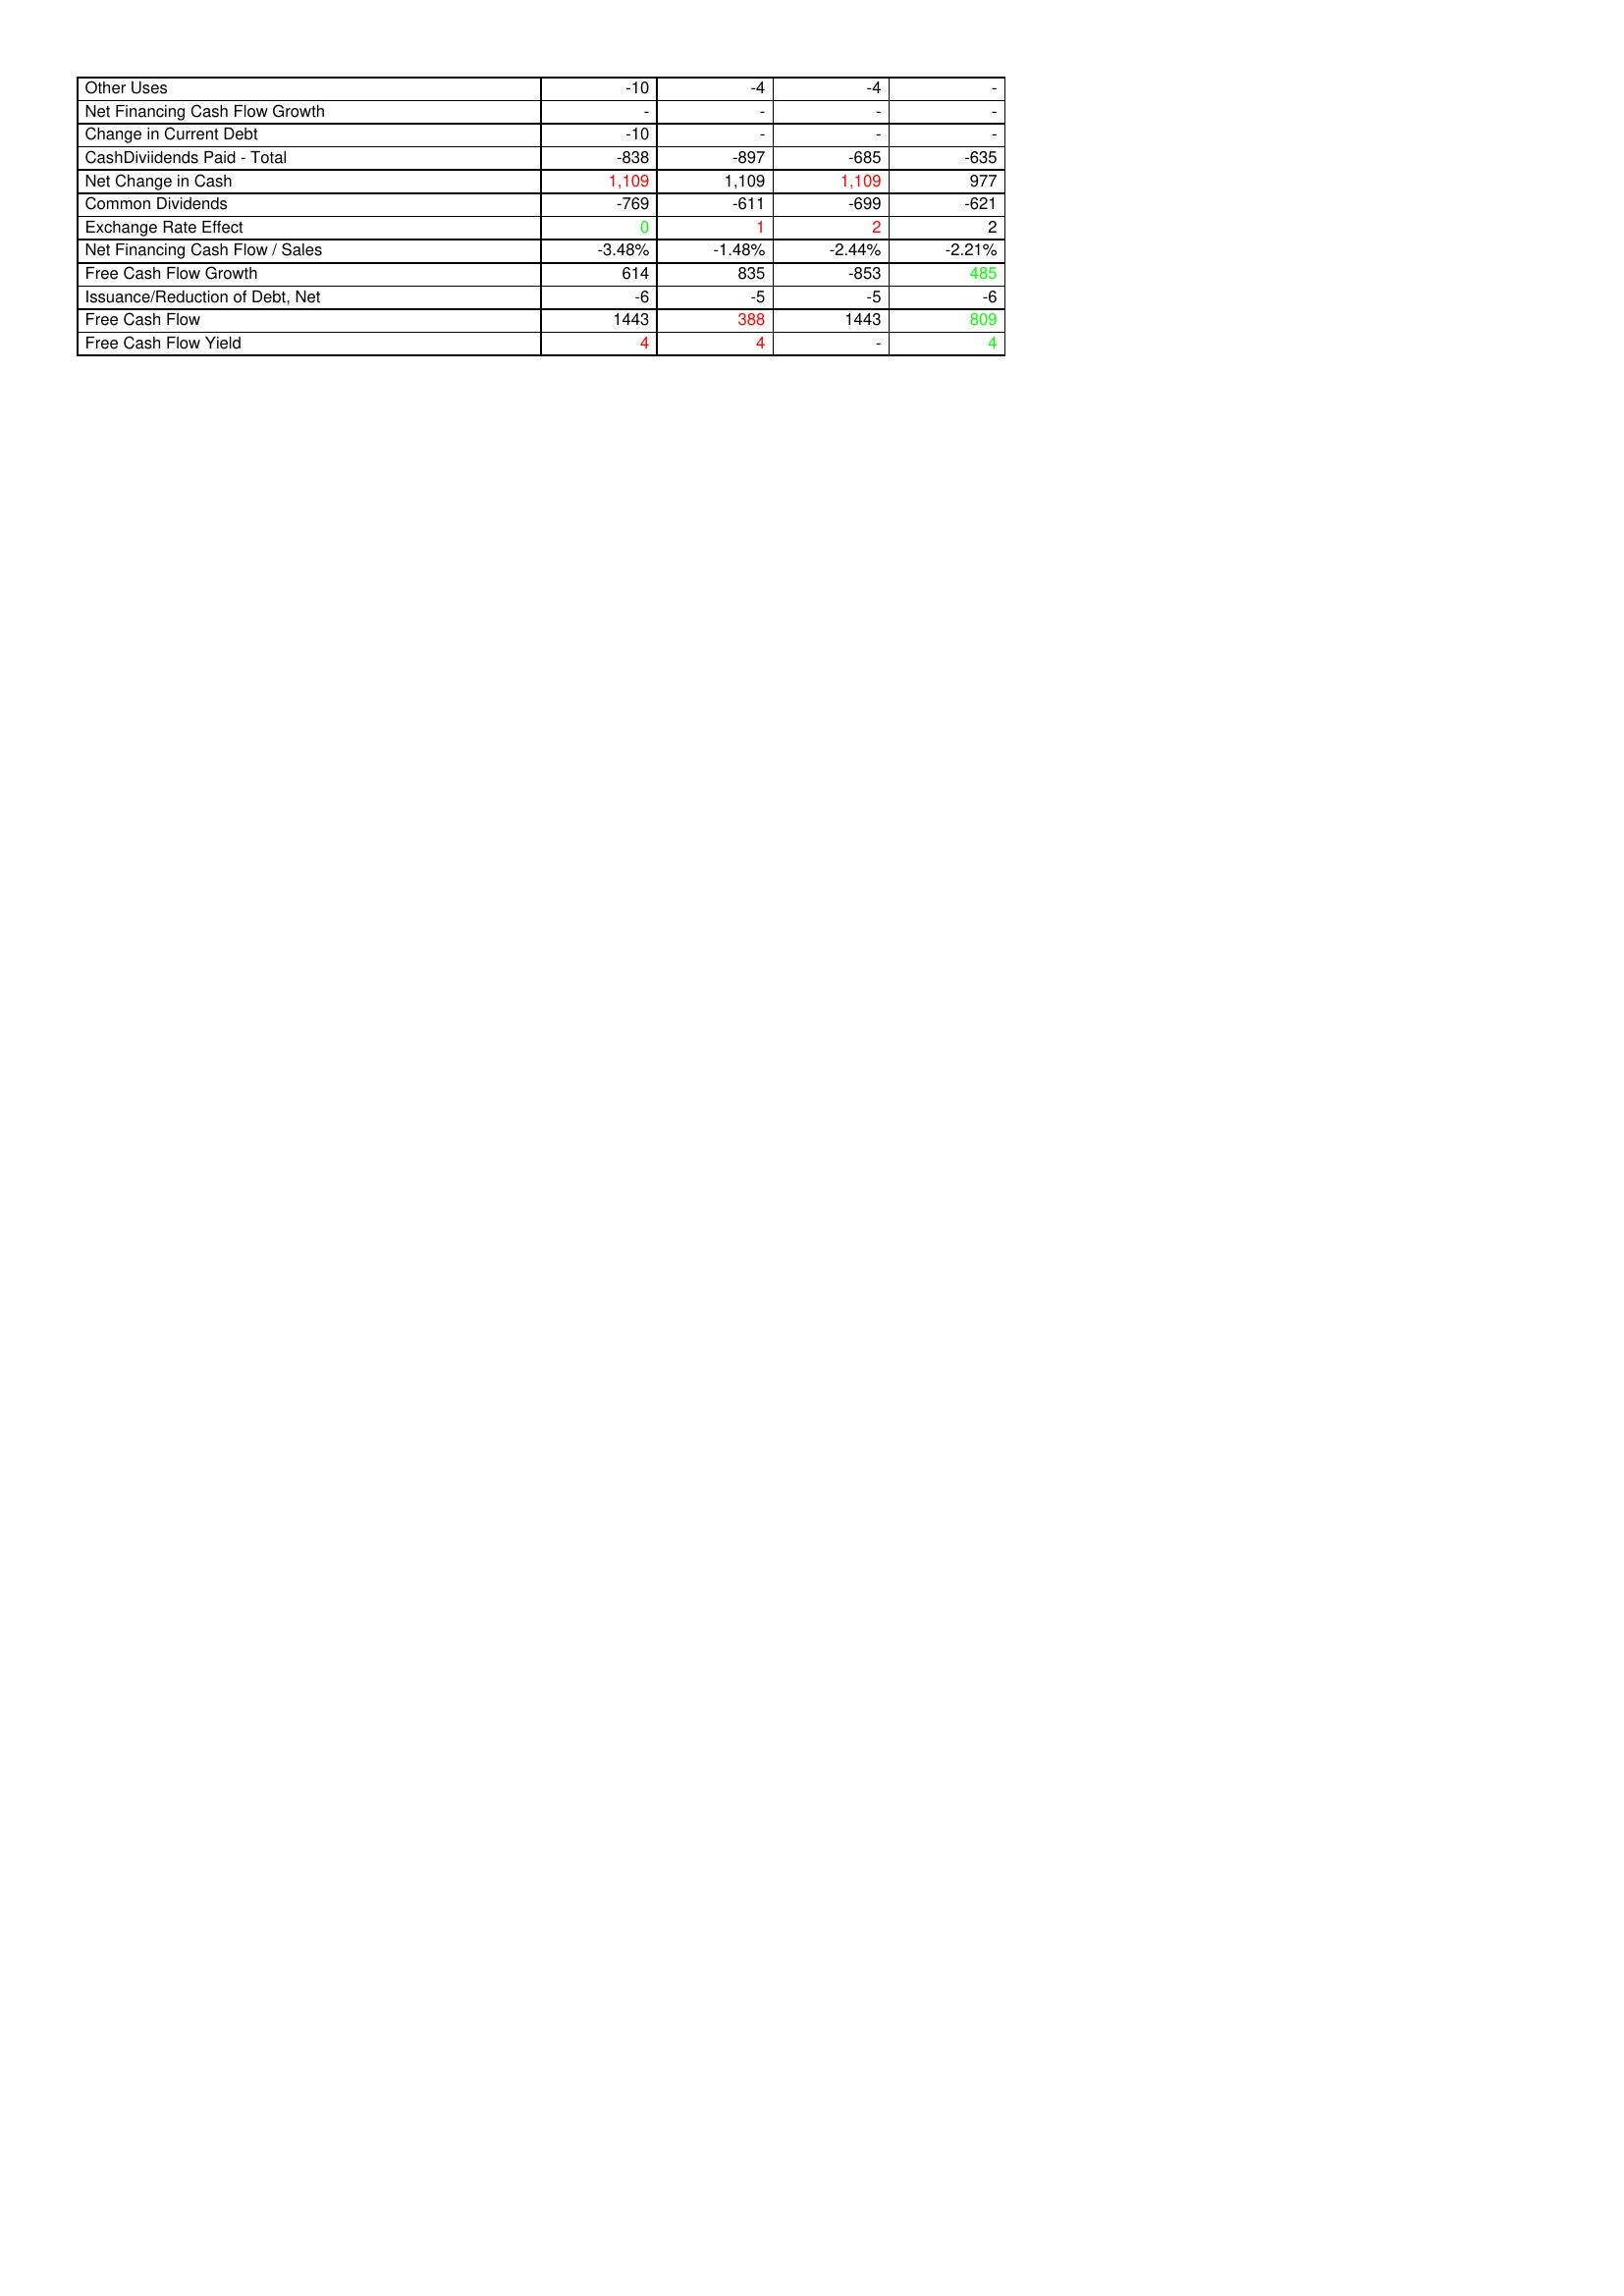
gt_parse: 2006: Financing Activities: Other Uses: -10
Net Financing Cash Flow Growth: -
Change in Current Debt: -10
CashDiviidends Paid - Total: -838
Net Change in Cash: 1,109
Common Dividends: -769
Exchange Rate Effect: 0
Net Financing Cash Flow / Sales: -3.48%
Free Cash Flow Growth: 614
Issuance/Reduction of Debt, Net: -6
Free Cash Flow: 1443
Free Cash Flow Yield: 4
2005: Financing Activities: Other Uses: -4
Net Financing Cash Flow Growth: -
Change in Current Debt: -
CashDiviidends Paid - Total: -897
Net Change in Cash: 1,109
Common Dividends: -611
Exchange Rate Effect: 1
Net Financing Cash Flow / Sales: -1.48%
Free Cash Flow Growth: 835
Issuance/Reduction of Debt, Net: -5
Free Cash Flow: 388
Free Cash Flow Yield: 4
2004: Financing Activities: Other Uses: -4
Net Financing Cash Flow Growth: -
Change in Current Debt: -
CashDiviidends Paid - Total: -685
Net Change in Cash: 1,109
Common Dividends: -699
Exchange Rate Effect: 2
Net Financing Cash Flow / Sales: -2.44%
Free Cash Flow Growth: -853
Issuance/Reduction of Debt, Net: -5
Free Cash Flow: 1443
Free Cash Flow Yield: -
2003: Financing Activities: Other Uses: -
Net Financing Cash Flow Growth: -
Change in Current Debt: -
CashDiviidends Paid - Total: -635
Net Change in Cash: 977
Common Dividends: -621
Exchange Rate Effect: 2
Net Financing Cash Flow / Sales: -2.21%
Free Cash Flow Growth: 485
Issuance/Reduction of Debt, Net: -6
Free Cash Flow: 809
Free Cash Flow Yield: 4